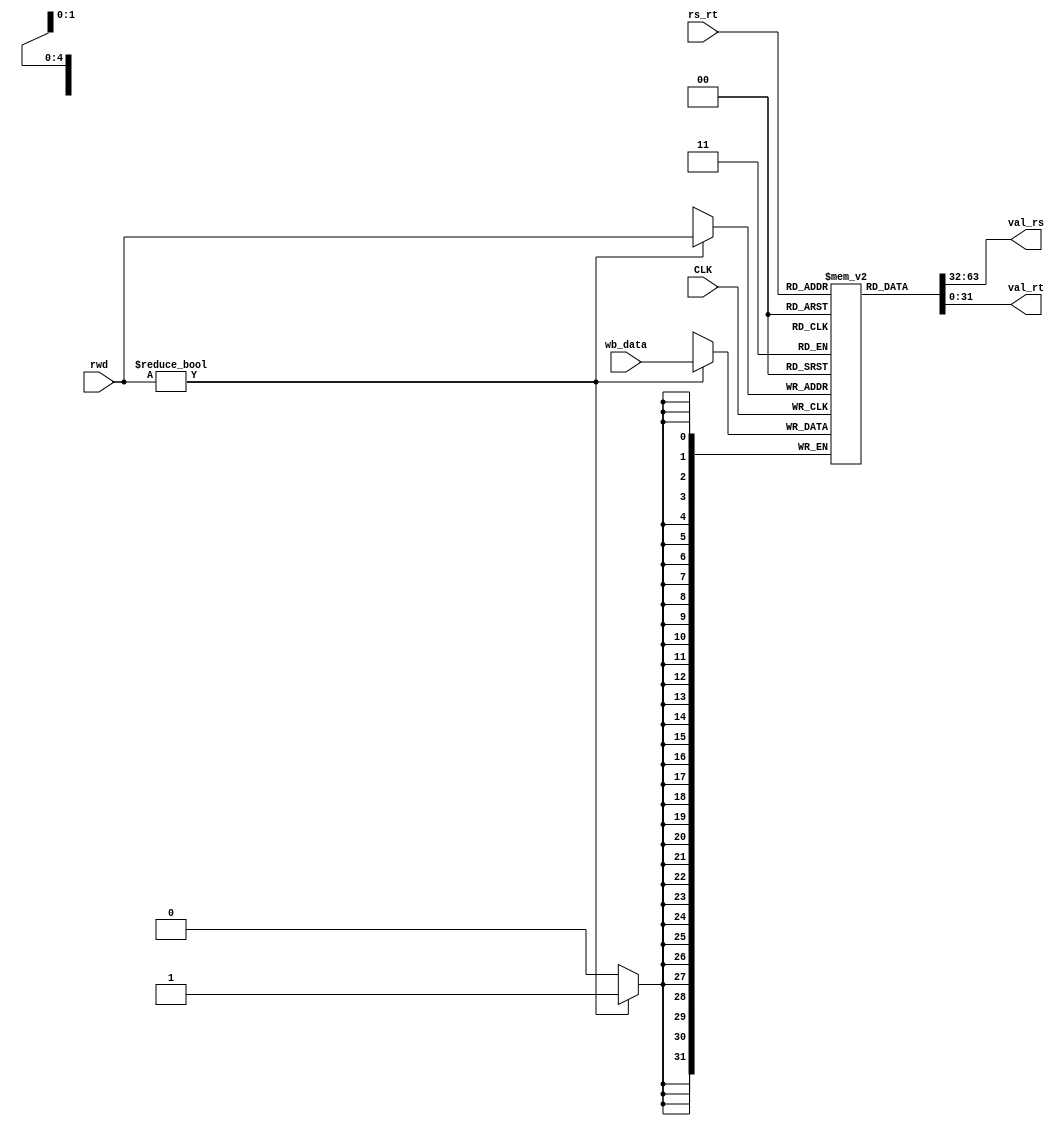
module RegFiles(
    input CLK,
    input [9:0] rs_rt,
    input [4:0] rwd,
    output [31:0] val_rs,
    output [31:0] val_rt,
    input [31:0] wb_data
    );
	reg [31:0] regs[31:0];
	
	reg [31:0] rs_reg;
	reg [31:0] rt_reg;
	assign val_rs = rs_reg;
	assign val_rt = rt_reg;
	
	always@(*)
		begin
			rs_reg <= regs[rs_rt[9:5]];
			rt_reg <= regs[rs_rt[4:0]];
		end
	
	always@(negedge CLK)
	begin
		//reg[0] should always be 0
		if(rwd != 0)
			regs[rwd] <= wb_data;
	end
	
    initial
        begin
regs[0] <= 32'd0;
regs[1] <= 32'd1;
regs[2] <= 32'd2;
regs[3] <= 32'd3;
regs[4] <= 32'd4;
regs[5] <= 32'd5;
regs[6] <= 32'd6;
regs[7] <= 32'd7;
regs[8] <= 32'd8;
regs[9] <= 32'd9;
regs[10] <= 32'd10;
regs[11] <= 32'd11;
regs[12] <= 32'd12;
regs[13] <= 32'd13;
regs[14] <= 32'd14;
regs[15] <= 32'd15;
regs[16] <= 32'd16;
regs[17] <= 32'd17;
regs[18] <= 32'd18;
regs[19] <= 32'd19;
regs[20] <= 32'd20;
regs[21] <= 32'd21;
regs[22] <= 32'd22;
regs[23] <= 32'd23;
regs[24] <= 32'd24;
regs[25] <= 32'd25;
regs[26] <= 32'd26;
regs[27] <= 32'd27;
regs[28] <= 32'd28;
regs[29] <= 32'd29;
regs[30] <= 32'd30;
regs[31] <= 32'd31;
        end
endmodule